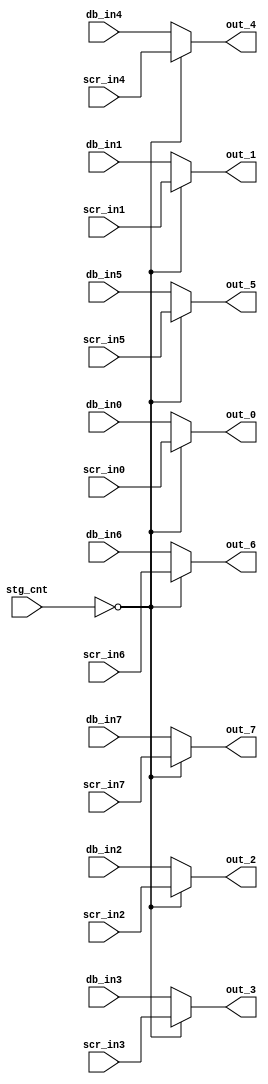
module input_mux(
                    input [2:0] stg_cnt,
                    input [55:0] scr_in0, scr_in1, scr_in2, scr_in3, scr_in4, scr_in5, scr_in6, scr_in7, //input from scrambler
                    input [55:0] db_in0, db_in1, db_in2, db_in3, db_in4, db_in5, db_in6, db_in7, // input from databuffer
                    output [55:0] out_0, out_1, out_2, out_3, out_4, out_5, out_6, out_7
                );

assign out_0 = (stg_cnt == 3'b0) ? scr_in0 : db_in0;
assign out_1 = (stg_cnt == 3'b0) ? scr_in1 : db_in1;
assign out_2 = (stg_cnt == 3'b0) ? scr_in2 : db_in2;
assign out_3 = (stg_cnt == 3'b0) ? scr_in3 : db_in3;
assign out_4 = (stg_cnt == 3'b0) ? scr_in4 : db_in4;
assign out_5 = (stg_cnt == 3'b0) ? scr_in5 : db_in5;
assign out_6 = (stg_cnt == 3'b0) ? scr_in6 : db_in6;
assign out_7 = (stg_cnt == 3'b0) ? scr_in7 : db_in7;

endmodule